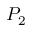
P _ { 2 }